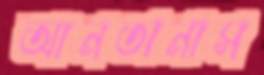
আনতানাস